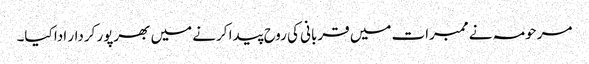
مرحومہ نے ممبرات میں قربانی کی روح پیدا کرنے میں بھرپور کردار ادا کیا۔